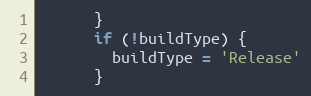
Language: JavaScript
      }
      if (!buildType) {
        buildType = 'Release'
      }